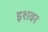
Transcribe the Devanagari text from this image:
इशवर